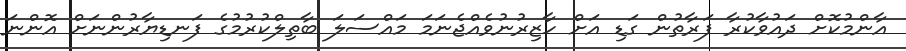
އާންމުކޮށް ދައުވާކުރާ ފަރާތުން ގަޑި އަށް ހާޒިރުނުވެއްޖެނަމަ މައްސަލަ ބާތިލްކުރުމުގެ ފަނޑިޔާރުންނަށް އޮންނަ